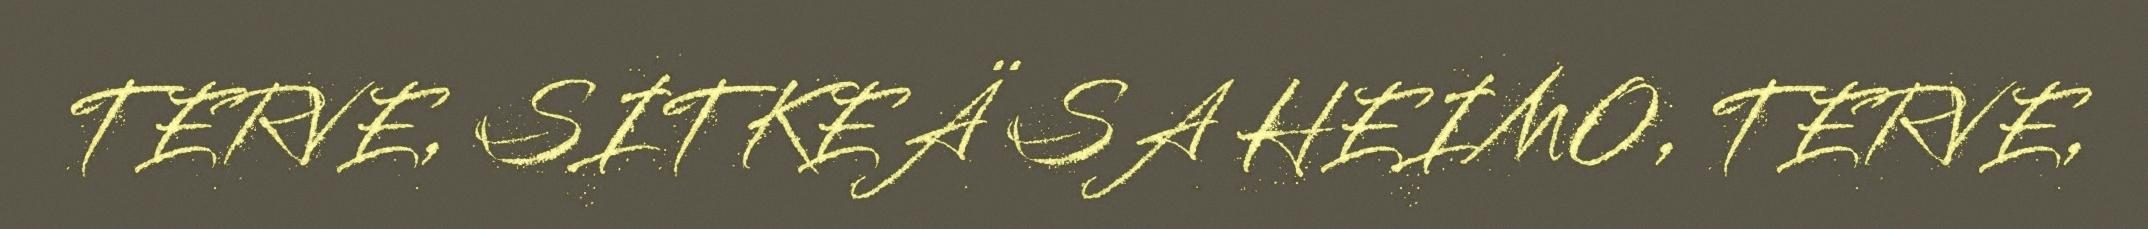
TERVE, SITKEÄ SA HEIMO, TERVE,